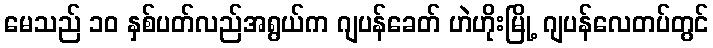
မေသည် ၁၀ နှစ်ပတ်လည်အရွယ်က ဂျပန်ခေတ် ဟဲဟိုးမြို့ ဂျပန်လေတပ်တွင်